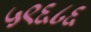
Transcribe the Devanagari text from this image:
५९६८६